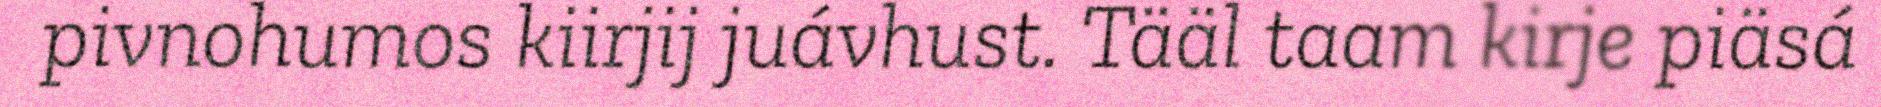
pivnohumos kiirjij juávhust. Tääl taam kirje piäsá